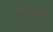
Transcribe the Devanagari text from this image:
उपोत्पादक